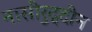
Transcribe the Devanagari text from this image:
नासीरुद्दीन